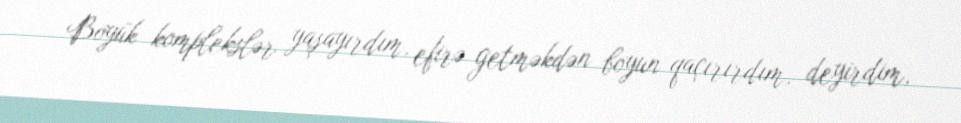
Böyük komplekslər yaşayırdım, efirə getməkdən boyun qaçırırdım, deyirdim,